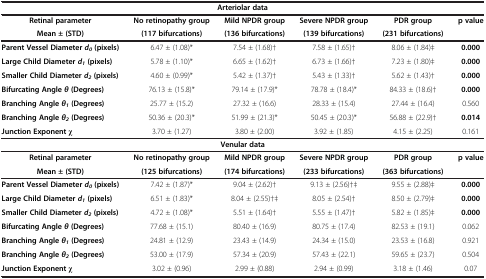
<table><thead><tr><td colspan="6"><b>Arteriolar data</b></td></tr><tr><td><b>Retinal parameter</b></td><td><b>No retinopathy group</b></td><td><b>Mild NPDR group</b></td><td><b>Severe NPDR group</b></td><td><b>PDR group</b></td><td rowspan="2"><b>p value</b></td></tr><tr><td><b>Mean ± (STD)</b></td><td><b>(117 bifurcations)</b></td><td><b>(136 bifurcations)</b></td><td><b>(139 bifurcations)</b></td><td><b>(231 bifurcations)</b></td></tr></thead><tbody><tr><td><b>Parent Vessel Diameter </b><b><i>d</i></b><sub><b><i>0 </i></b></sub><b>(pixels)</b></td><td>6.47 ± (1.08)*</td><td>7.54 ± (1.68)†</td><td>7.58 ± (1.65)†</td><td>8.06 ± (1.84)‡</td><td><b>0.000</b></td></tr><tr><td><b>Large Child Diameter </b><b><i>d</i></b><sub><b><i>1 </i></b></sub><b>(pixels)</b></td><td>5.78 ± (1.10)*</td><td>6.65 ± (1.62)†</td><td>6.73 ± (1.66)†</td><td>7.23 ± (1.80)‡</td><td><b>0.000</b></td></tr><tr><td><b>Smaller Child Diameter </b><b><i>d</i></b><sub><b><i>2 </i></b></sub><b>(pixels)</b></td><td>4.60 ± (0.99)*</td><td>5.42 ± (1.37)†</td><td>5.43 ± (1.33)†</td><td>5.62 ± (1.43)†</td><td><b>0.000</b></td></tr><tr><td><b>Bifurcating Angle </b><b><i>θ </i></b><b>(Degrees)</b></td><td>76.13 ± (15.8)*</td><td>79.14 ± (17.9)*</td><td>78.78 ± (18.4)*</td><td>84.33 ± (18.6)†</td><td><b>0.000</b></td></tr><tr><td><b>Branching Angle </b><b><i>θ</i></b><sub><b><i>1 </i></b></sub><b>(Degrees)</b></td><td>25.77 ± (15.2)</td><td>27.32 ± (16.6)</td><td>28.33 ± (15.4)</td><td>27.44 ± (16.4)</td><td>0.560</td></tr><tr><td><b>Branching Angle </b><b><i>θ</i></b><sub><b><i>2 </i></b></sub><b>(Degrees)</b></td><td>50.36 ± (20.3)*</td><td>51.99 ± (21.3)*</td><td>50.45 ± (20.3)*</td><td>56.88 ± (22.9)†</td><td><b>0.014</b></td></tr><tr><td><b>Junction Exponent</b> χ</td><td>3.70 ± (1.27)</td><td>3.80 ± (2.00)</td><td>3.92 ± (1.85)</td><td>4.15 ± (2.25)</td><td>0.161</td></tr><tr><td colspan="6"><b>Venular data</b></td></tr><tr><td><b>Retinal parameter</b></td><td><b>No retinopathy group</b></td><td><b>Mild NPDR group</b></td><td><b>Severe NPDR group</b></td><td><b>PDR group</b></td><td rowspan="2"><b>p value</b></td></tr><tr><td><b>Mean ± (STD)</b></td><td><b>(125 bifurcations)</b></td><td><b>(174 bifurcations)</b></td><td><b>(233 bifurcations)</b></td><td><b>(363 bifurcations)</b></td></tr><tr><td><b>Parent Vessel Diameter </b><b><i>d</i></b><sub><b><i>0 </i></b></sub><b>(pixels)</b></td><td>7.42 ± (1.87)*</td><td>9.04 ± (2.62)†</td><td>9.13 ± (2.56)†‡</td><td>9.55 ± (2.88)‡</td><td><b>0.000</b></td></tr><tr><td><b>Large Child Diameter </b><b><i>d</i></b><sub><b><i>1 </i></b></sub><b>(pixels)</b></td><td>6.51 ± (1.83)*</td><td>8.04 ± (2.55)†‡</td><td>8.05 ± (2.54)†</td><td>8.50 ± (2.79)‡</td><td><b>0.000</b></td></tr><tr><td><b>Smaller Child Diameter </b><b><i>d</i></b><sub><b><i>2 </i></b></sub><b>(pixels)</b></td><td>4.72 ± (1.08)*</td><td>5.51 ± (1.64)†</td><td>5.55 ± (1.47)†</td><td>5.82 ± (1.85)‡</td><td><b>0.000</b></td></tr><tr><td><b>Bifurcating Angle </b><b><i>θ </i></b><b>(Degrees)</b></td><td>77.68 ± (15.1)</td><td>80.40 ± (16.9)</td><td>80.75 ± (17.4)</td><td>82.53 ± (19.1)</td><td>0.062</td></tr><tr><td><b>Branching Angle </b><b><i>θ</i></b><sub><b><i>1 </i></b></sub><b>(Degrees)</b></td><td>24.81 ± (12.9)</td><td>23.43 ± (14.9)</td><td>24.34 ± (15.0)</td><td>23.53 ± (16.8)</td><td>0.921</td></tr><tr><td><b>Branching Angle </b><b><i>θ</i></b><sub><b><i>2 </i></b></sub><b>(Degrees)</b></td><td>53.00 ± (17.9)</td><td>57.34 ± (20.9)</td><td>57.43 ± (22.1)</td><td>59.65 ± (23.7)</td><td>0.504</td></tr><tr><td><b>Junction Exponent</b> χ</td><td>3.02 ± (0.96)</td><td>2.99 ± (0.88)</td><td>2.94 ± (0.99)</td><td>3.18 ± (1.46)</td><td>0.07</td></tr></tbody></table>